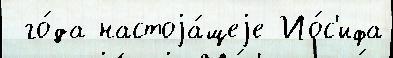
 го́да настоjа́щеjе Ио́с'ифа